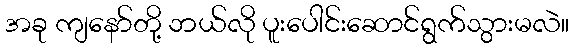
အခု ကျနော်တို့ ဘယ်လို ပူးပေါင်းဆောင်ရွက်သွားမလဲ။